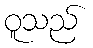
ဝူသည်